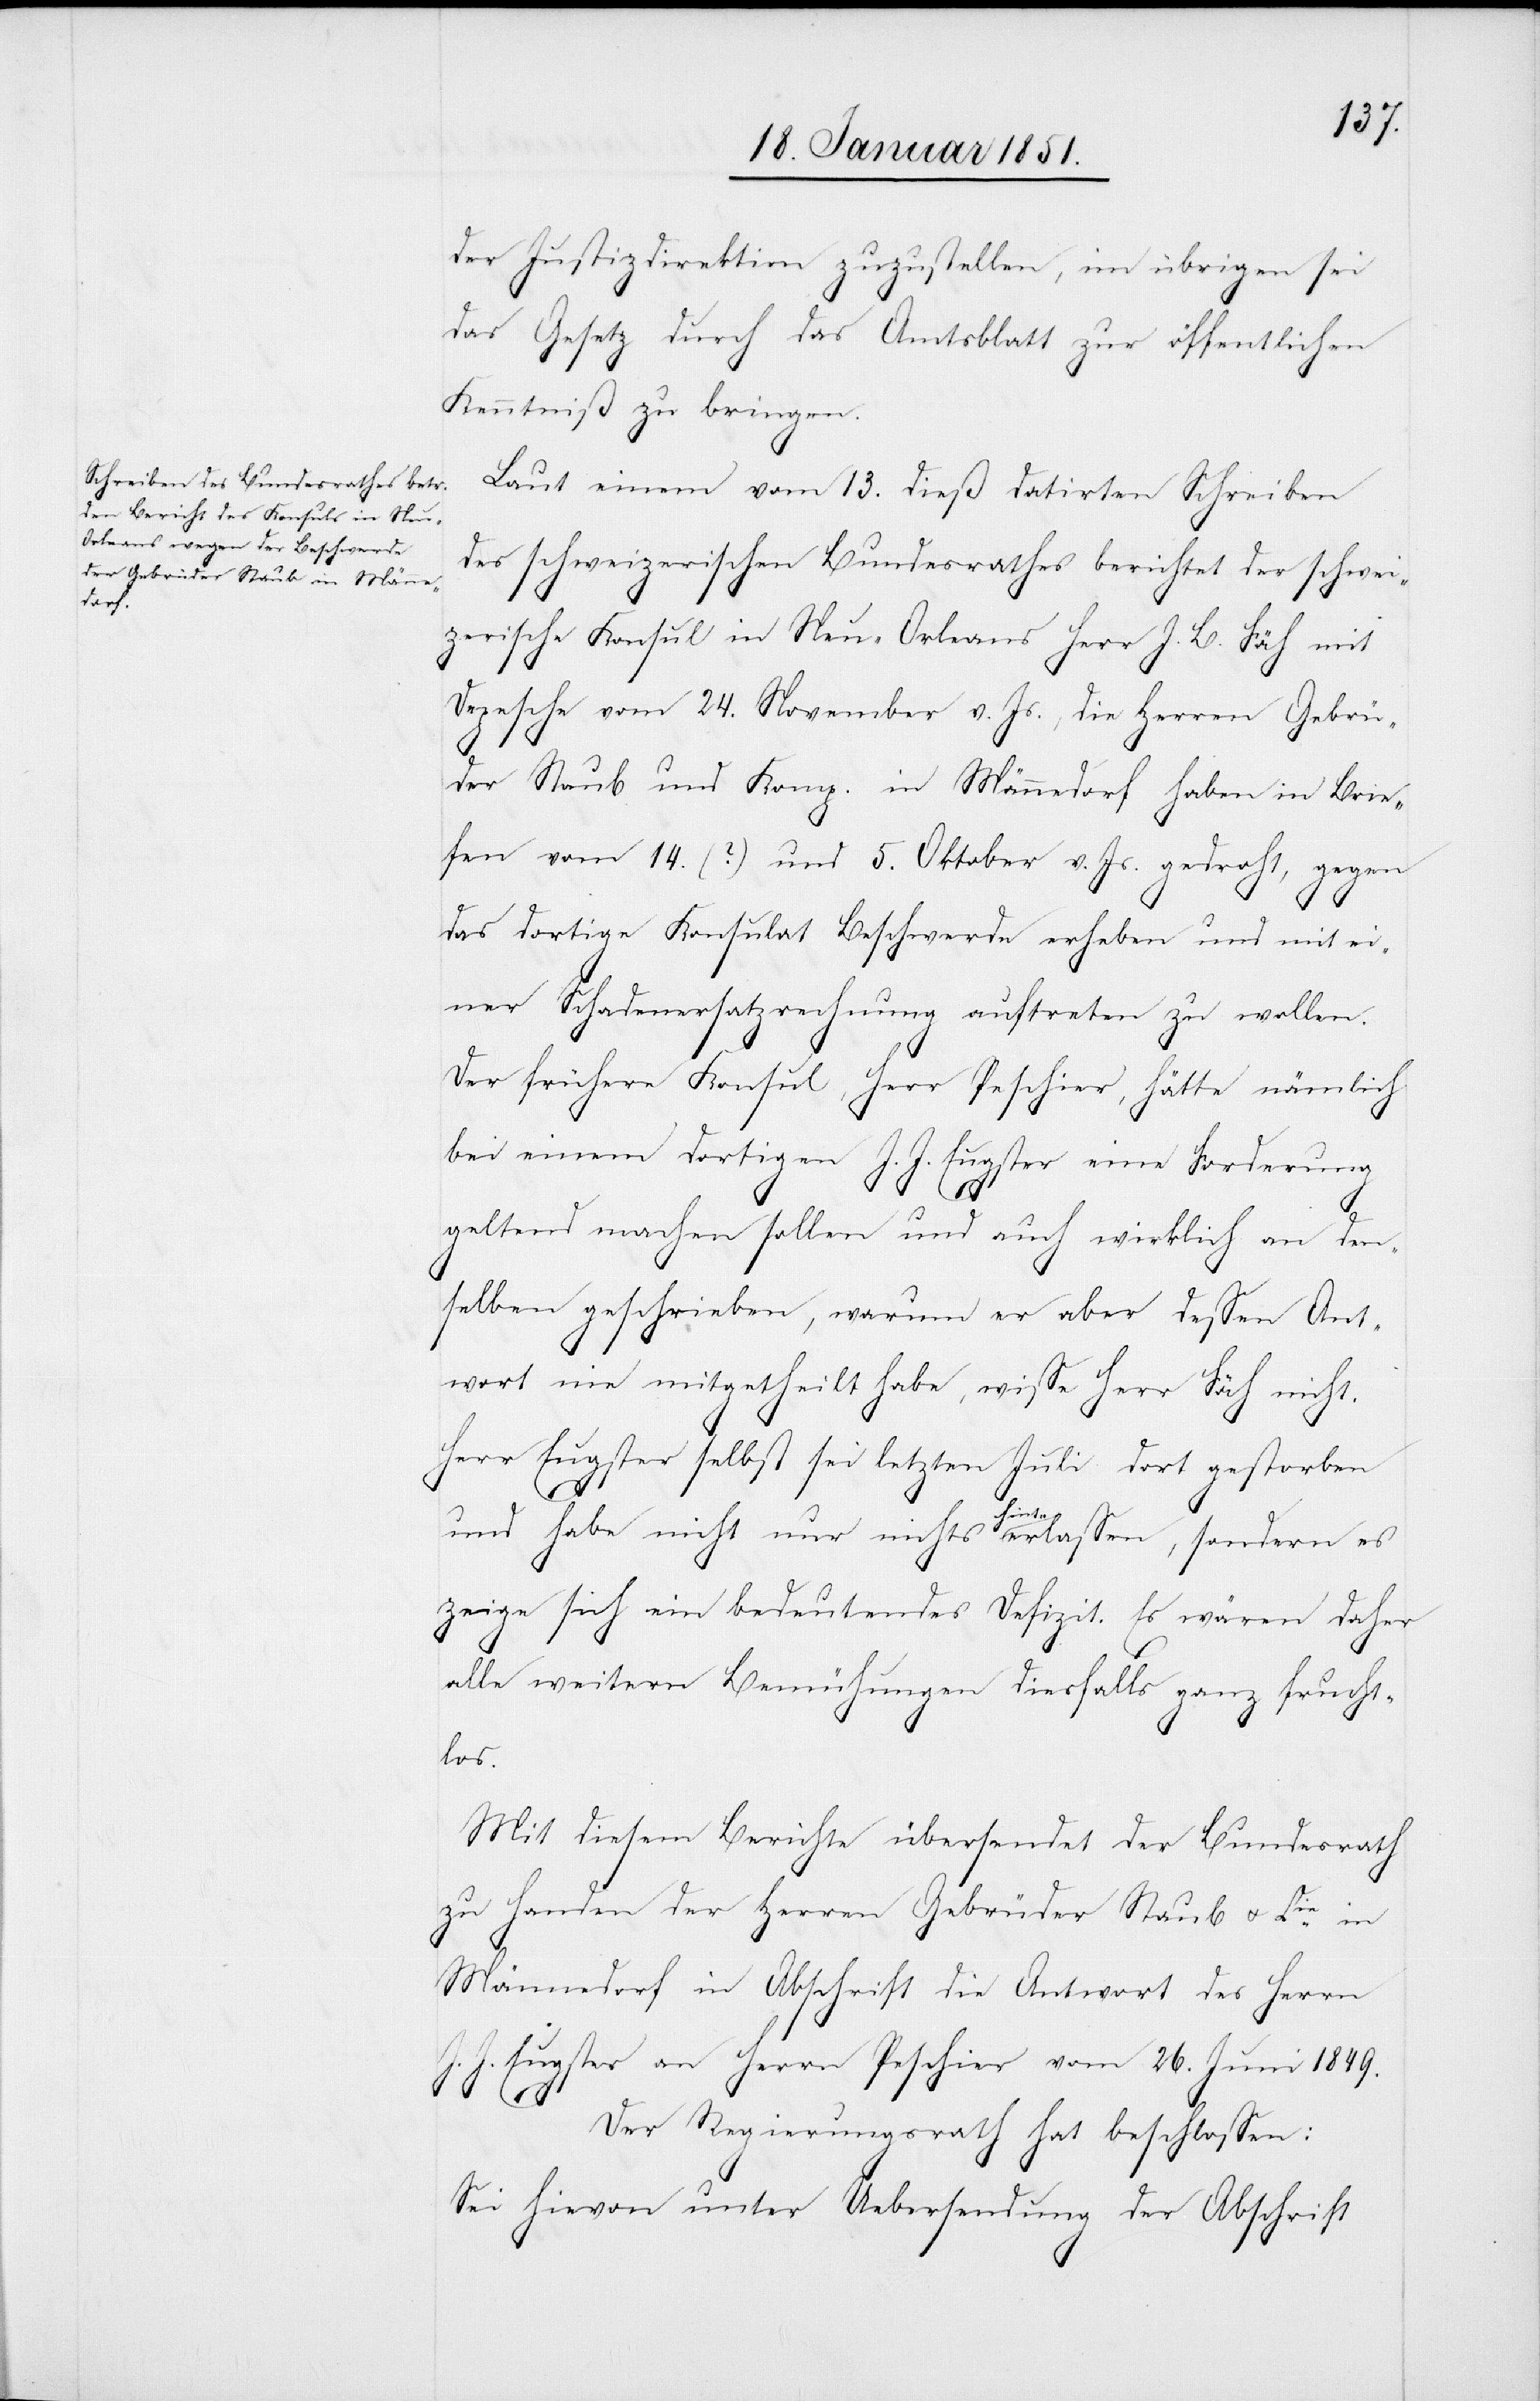
der Justizdirektion zuzustellen, im übrigen sei
das Gesetz durch das Amtsblatt zur öffentlichen
Kenntniß zu bringen.
Laut einem vom 13. dieß datirten Schreiben
des schweizerischen Bundesrathes berichtet der schwei¬
zerische Konsul in Neu-Orleans Herr J. B. Fäh mit
Depesche vom 24. November v. Js., die Herren Gebrü¬
J.
der Staub und Komp. in Männedorf haben in Brie¬
fen vom 14. (?) und 5. Oktober v. Js. gedroht, gegen
das dortige Konsulat Beschwerde erheben und mit ei¬
ner Schadenersatzrechnung auftreten zu wollen.
Der frühere Konsul, Herr Peschier, hätte nämlich
bei einem dortigen J. J. Eugster eine Forderung
geltend machen sollen und auch wirklich an den¬
selben geschrieben, warum er aber dessen Ant¬
wort nie mitgetheilt habe, wisse Herr Fäh nicht.
Herr Eugster selbst sei letzten Juli dort gestorben
und habe nicht nur nichts hinterlassen, sondern es
zeige sich ein bedeutendes Defizit. Es wären daher
alle weitern Bemühungen diesfalls ganz frucht¬
los.
Mit diesem Berichte übersendet der Bundesrath
zu Handen der Herren Gebrüder Staub u. Cie. in
Männedorf in Abschrift die Antwort des Herrn
Eugster an Herrn Peschier vom 26. Juni 1849.
Der Regierungsrath hat beschlossen:
Sei hievon unter Uebersendung der Abschrift